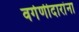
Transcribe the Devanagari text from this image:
वर्गणीदारांना